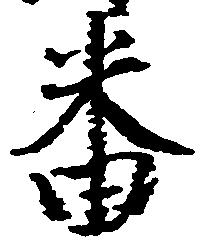
番